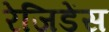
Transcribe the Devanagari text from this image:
रेजिडेंस